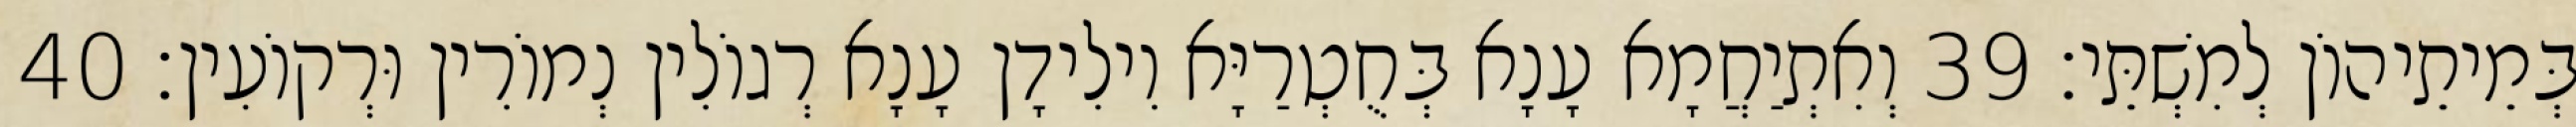
בְּמֵיתֵיהוֹן לְמִשְׁתֵּי׃ 39 וְאִתְיַחֲמָא עָנָא בְּחֻטְרַיָּא וִילִידָן עָנָא רְגוֹלִין נְמוֹרִין וּרְקוֹעִין׃ 40